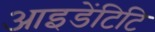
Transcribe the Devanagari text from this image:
आइडेंटिटि